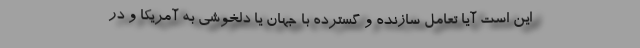
این است آیا تعامل سازنده و گسترده با جهان یا دلخوشی به آمریکا و در